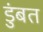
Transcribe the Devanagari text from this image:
डुंबत